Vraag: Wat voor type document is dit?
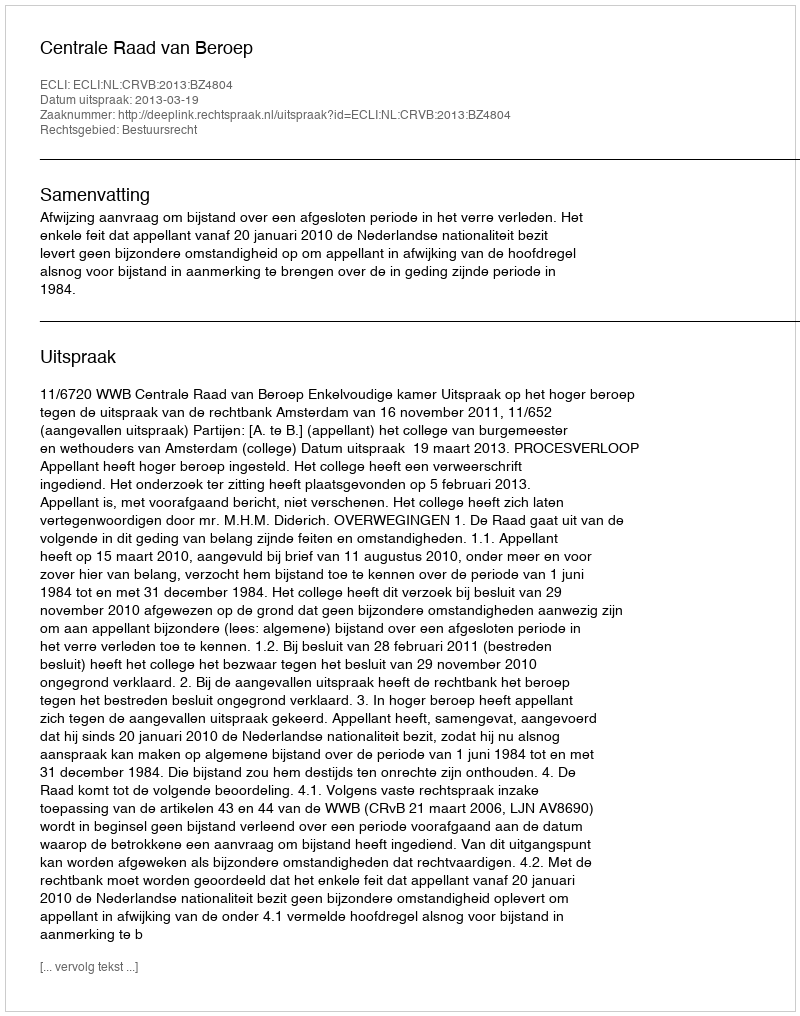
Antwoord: Uitspraak